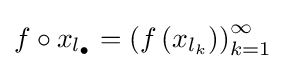
f\circ x_{l_{\bullet }}=\left(f\left(x_{l_{k}}\right)\right)_{k=1}^{\infty }